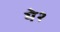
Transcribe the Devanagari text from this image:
ये२